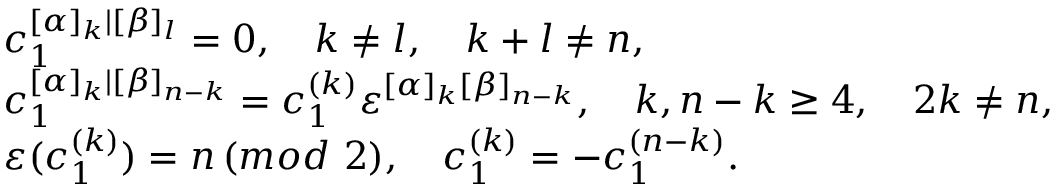
\begin{array} { l } { { c _ { 1 } ^ { [ \alpha ] _ { k } | [ \beta ] _ { l } } = 0 , \quad k \neq l , \quad k + l \neq n , } } \\ { { c _ { 1 } ^ { [ \alpha ] _ { k } | [ \beta ] _ { n - k } } = c _ { 1 } ^ { ( k ) } \varepsilon ^ { [ \alpha ] _ { k } [ \beta ] _ { n - k } } , \quad k , n - k \ge 4 , \quad 2 k \neq n , } } \\ { { \varepsilon ( c _ { 1 } ^ { ( k ) } ) = n \, ( m o d \, \, 2 ) , \quad c _ { 1 } ^ { ( k ) } = - c _ { 1 } ^ { ( n - k ) } . } } \end{array}